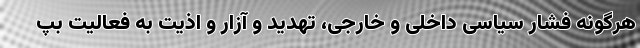
هرگونه فشار سیاسی داخلی و خارجی، تهدید و آزار و اذیت به فعالیت بپ